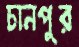
চানপুর